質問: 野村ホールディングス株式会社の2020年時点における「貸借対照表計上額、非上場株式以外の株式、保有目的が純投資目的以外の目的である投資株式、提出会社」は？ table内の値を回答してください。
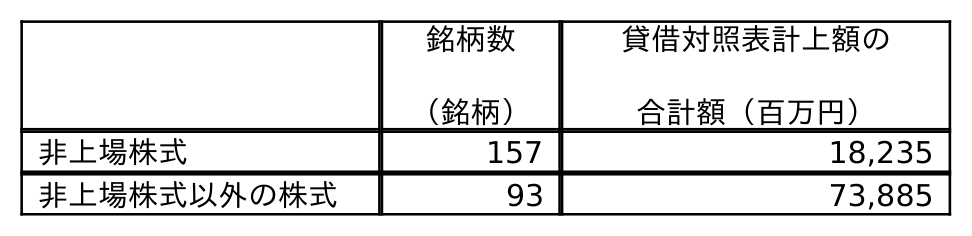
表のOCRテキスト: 銘柄数 （銘柄） 貸借対照表計上額の 合計額（百万円） 非上場株式 157 18,235 非上場株式以外の株式 93 73,885
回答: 73,885